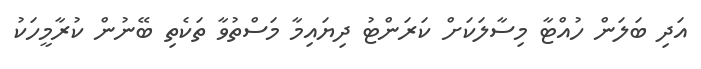
އަދި ބަލަން ހުއްޓާ މިސާލަކަށް ކަރަންޓު ދިޔައިމާ މަސްތުވާ ތަކެތި ބޭނުން ކުރާމީހަކު